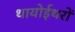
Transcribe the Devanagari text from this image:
थायोईथरों